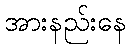
အားနည်းနေ